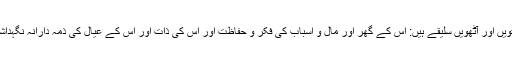
ساتویں اور آٹھویں سلیقے ہیں: اس کے گھر اور مال و اسباب کی فکر و حفاظت اور اس کی ذات اور اس کے عیال کی ذمہ دارانہ نگہداشت۔